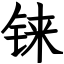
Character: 铼